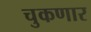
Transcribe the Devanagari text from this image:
चुकणार